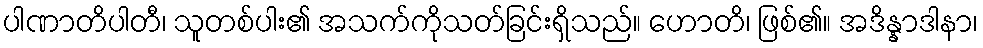
ပါဏာတိပါတီ၊ သူတစ်ပါး၏ အသက်ကိုသတ်ခြင်းရှိသည်။ ဟောတိ၊ ဖြစ်၏။ အဒိန္နာဒါနာ၊